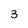
Character: 3